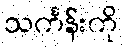
သင်္ကန်းကို